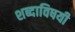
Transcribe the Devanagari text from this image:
शब्दाविषयी